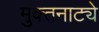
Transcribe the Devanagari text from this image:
मुक्‍तनाट्ये